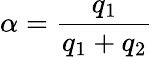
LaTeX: \alpha=\frac{q_{1}}{q_{1}+q_{2}}